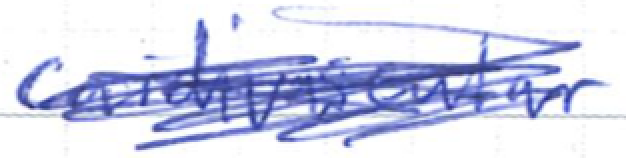
Text: cardiovascular
Cross-out: scratch
Writing tool: ballpoint